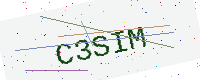
Text: C3SIM